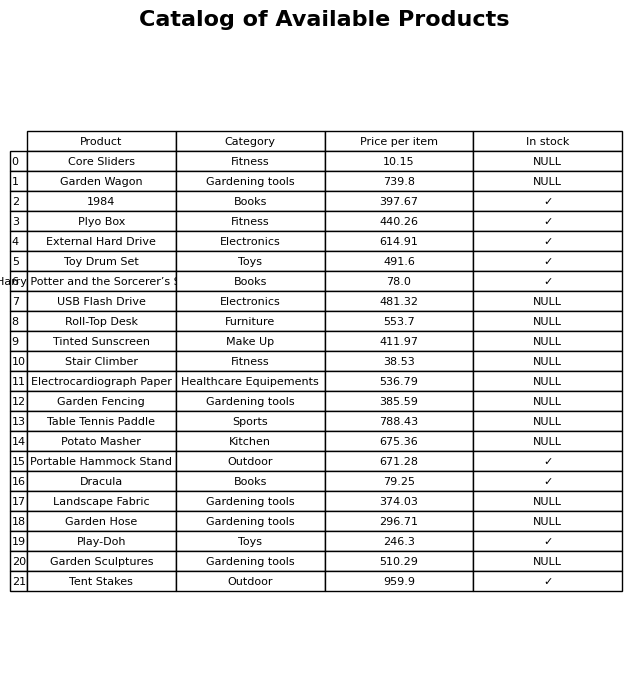
question: What category does the Dracula belong to?
answer: Books